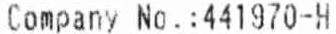
COMPANY NO.:441970-H